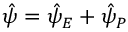
\hat { \psi } = \hat { \psi } _ { E } + \hat { \psi } _ { P }